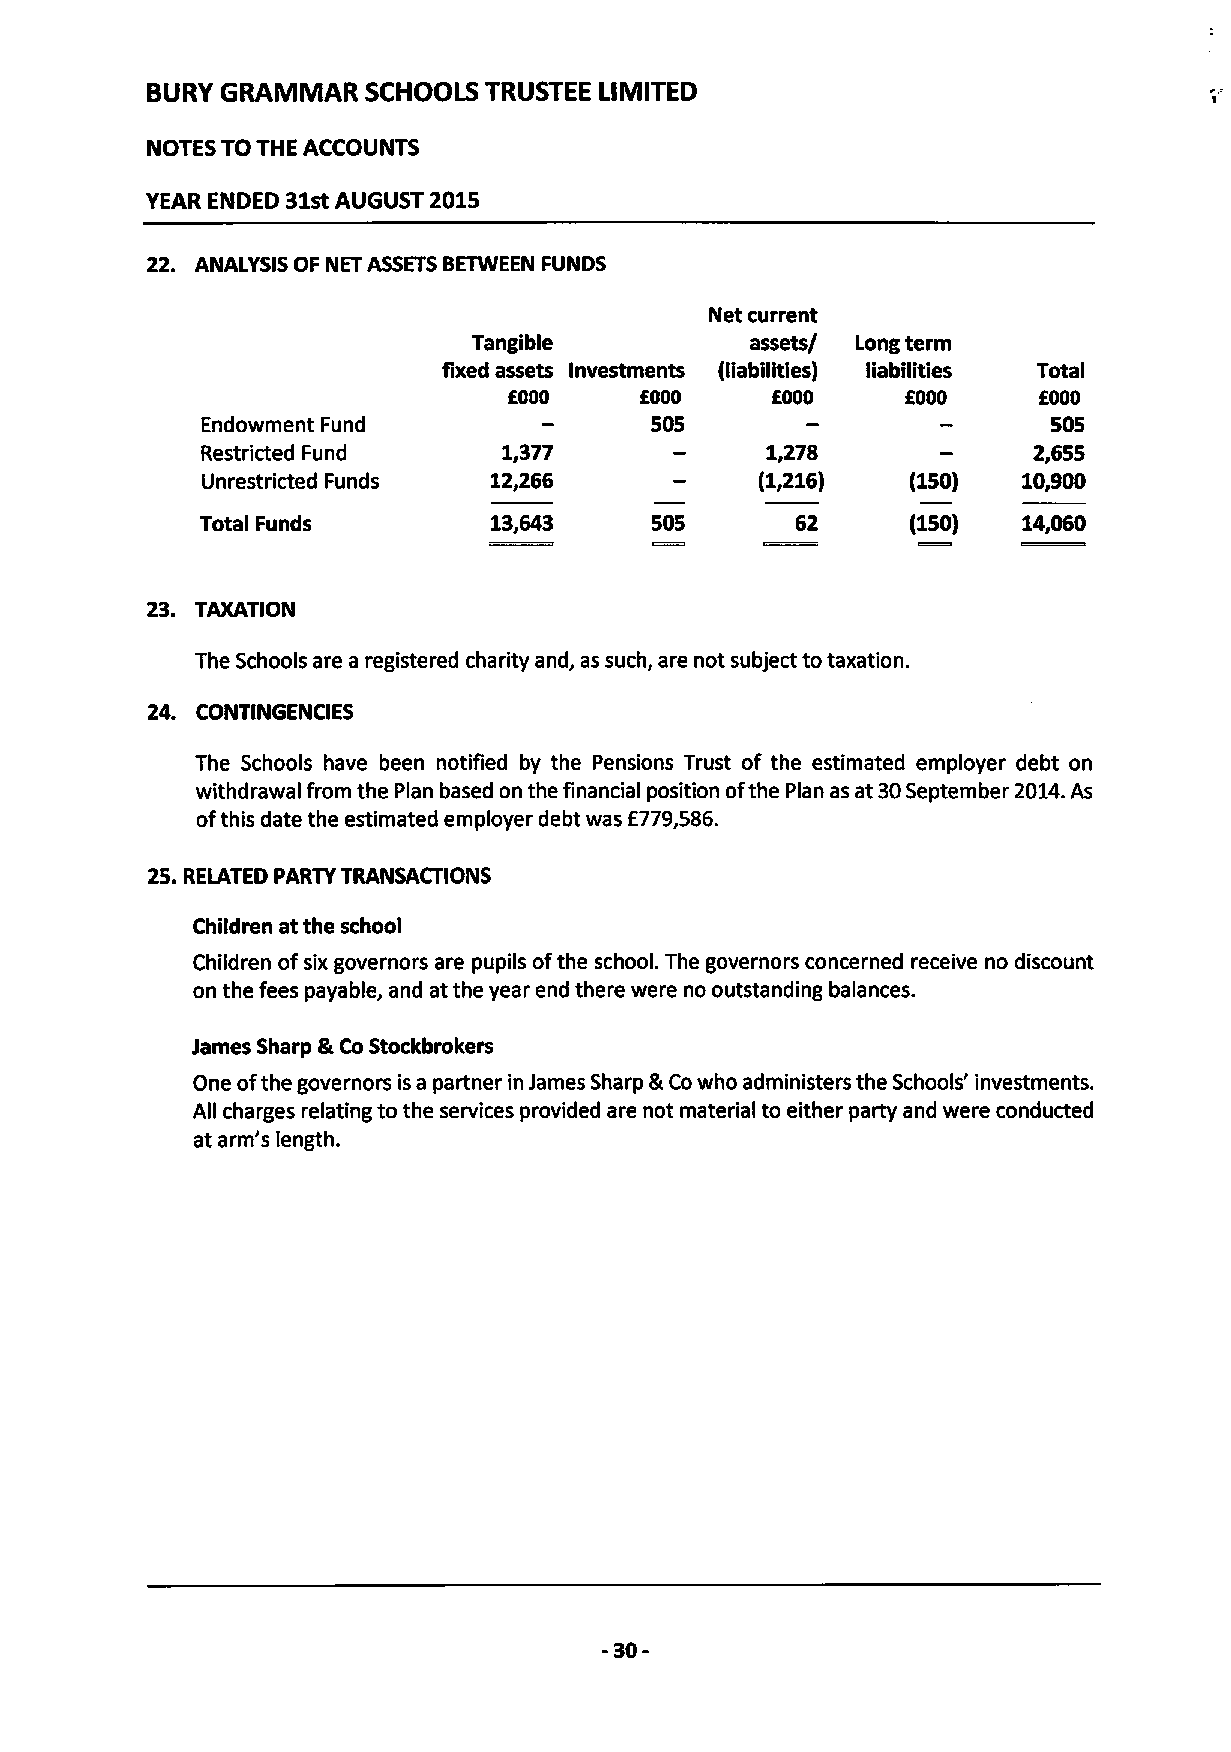
BURY GRAMMAR  SCHOOLS TRUSTEE LIMITED
 NOTES TO THE ACCOUNTS
 YEAR ENDED 31stAUGUST 2015
 22. ANALYSIS OF NET ASSETSBETWEEN FUNDS
 Net current
 Tangible           assets/ Long term
 fixed assets Investments (liabilities) liabilities Total
 FOOD    OOOO     E.OOO    f000     f000
 Endowment Fund                505                        505
 Restricted Fund     1.377             1,278            2,655
 Unrestricted Funds 12,266            (1,216)   (150)   10,900
 Total Funds        13,643     505              (150)   14,060
 23. TAXATION
 The Schools are a registered charity and, as such, are not subject to taxation.
 24. CONTINGENCIES
 The Schools have been notified by the Pensions Trust of the estimated employer debt on
 withdrawal from the Plan based on the financial position ofthe Plan as at 30September 2014.As
 ofthis date the estimated employer debt was f779,586.
 25.RELATED PARTY TRANSACTIONS
 Children at the school
 Children ofsix governors are pupils ofthe school. The governors concerned receive no discount
 on the fees payable, and at the year end there were no outstanding balances.
 James Sharp &CoStockbrokers
 One ofthe governors isa partner in James Sharp &Cowho administers the Schools' investments.
 All charges relating to the services provided are not material to either party and were conducted
 at arm's length.
 -30-